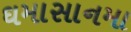
ઘમાસાનમા